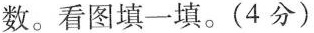
数。看图填一填。(4分)